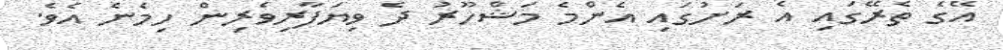
އޭގެ ތެރޭގައި އެ ރަށުގައި އެންމެ މަޝްހޫރު ދެ ވިޔަފާރިވެރިން ހިމެނެ އެވެ.